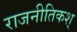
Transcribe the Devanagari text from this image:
राजनीतिकश्